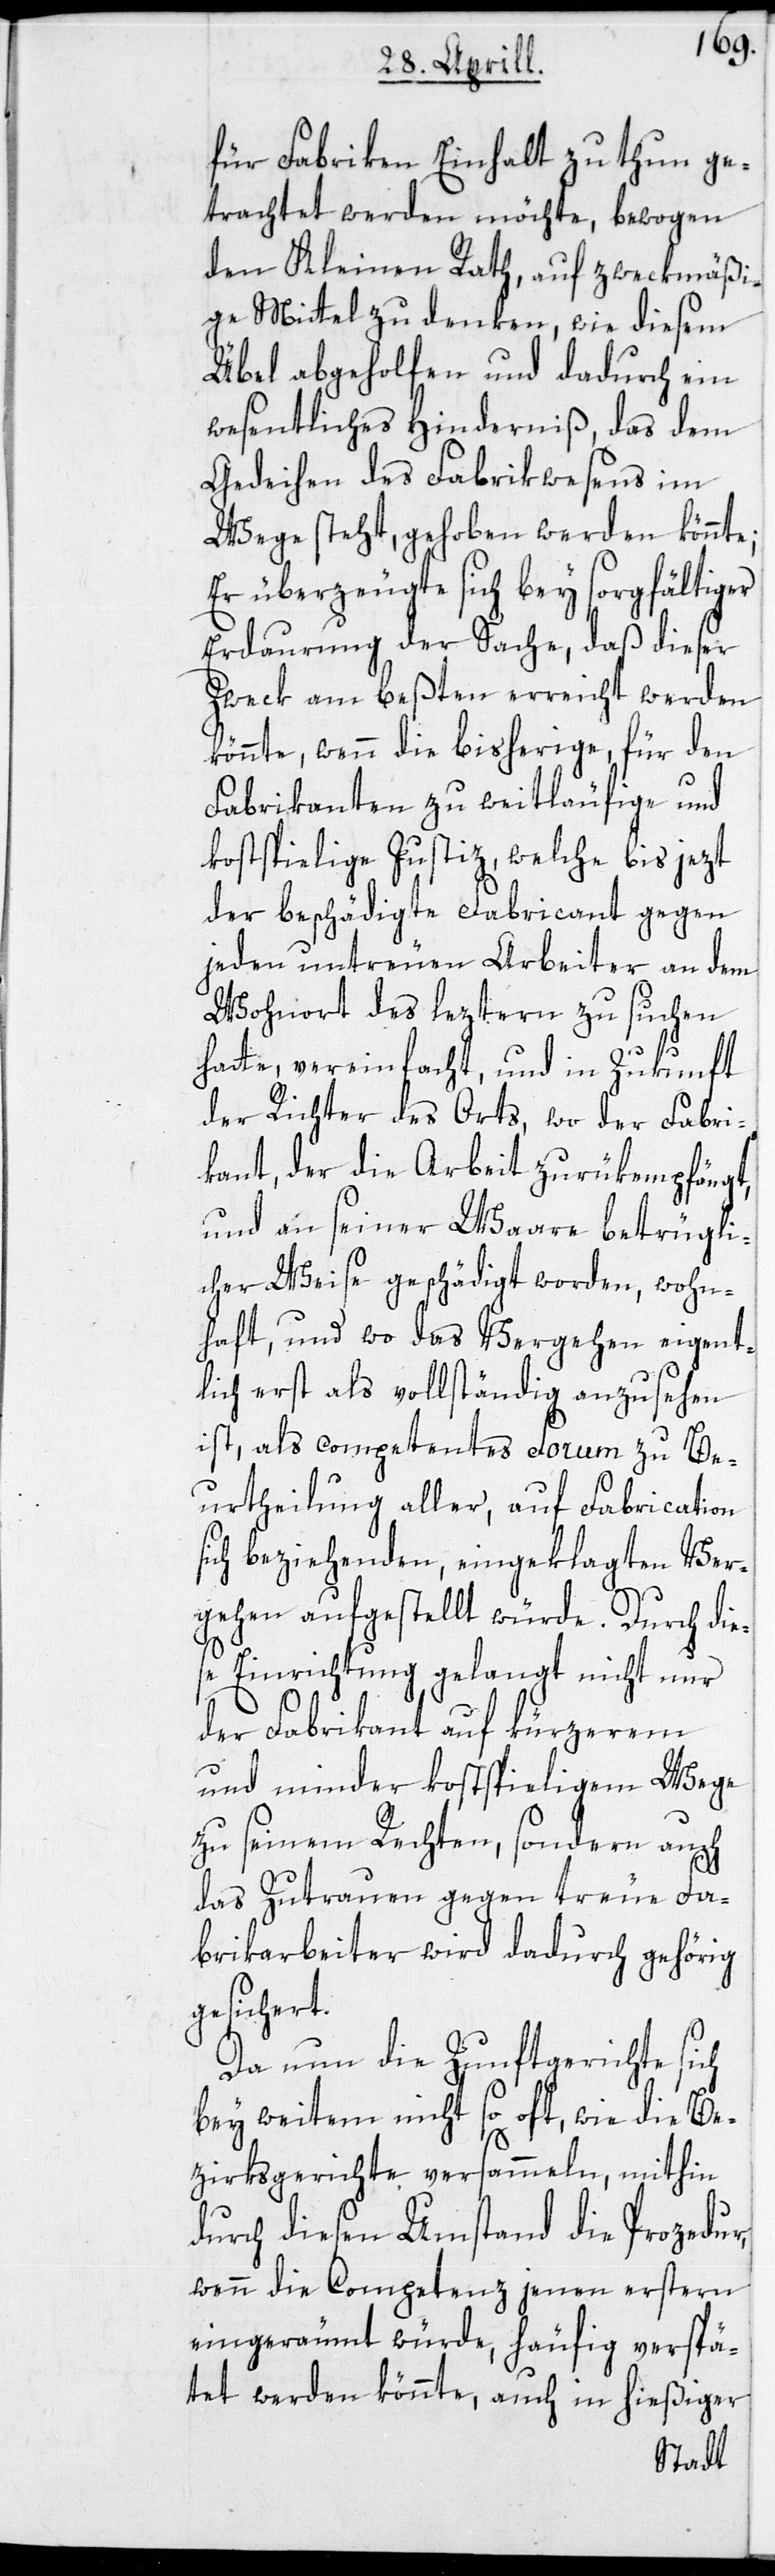
für Fabriken Einhalt zu thun ge¬
trachtet werden möchte, bewogen
den Kleinen Rath, auf zweckmäßi¬
ge Mittel zu denken, wie diesem
Übel abgeholfen und dadurch ein
wesentliches Hinderniß, das dem
Gedeihen des Fabrikwesens im
Wege steht, gehoben werden könnte;
Er überzeugte sich bey sorgfältiger
Erdaurung der Sache, daß dieser
Zweck am beßten erreicht werden
könnte, wenn die bisherige, für den
Fabrikanten zu weitläufige und
kostspielige Justiz, welche bis jezt
der beschädigte Fabricant gegen
jeden untreuen Arbeiter an dem
Wohnort des lezteren zu suchen
s¬
hatte, vereinfacht, und in Zukunft
der Richter des Orts, wo der Fabri¬
kant, der die Arbeit zurükempfängt,
und an seiner Waare betrügli¬
cher Weise geschädigt worden, wohn¬
haft, und wo das Vergehen eigent¬
lich erst als vollständig anzusehen
ist, als competentes Forum zu Be¬
urtheilung aller, auf Fabrication
ich beziehenden, eingeklagten Ver¬
gehen aufgestellt würde. Durch die¬
se Einrichtung gelangt nicht nur
der Fabrikant auf kürzerem
und minder kostspieligem Wege
zu seinem Rechten, sondern auch
das Zutrauen gegen treue Fa¬
brikarbeiter wird dadurch gehörig
gesichert.
Da nun die Zunftgerichte sich
bey weitem nicht so oft, wie die Be¬
zirksgerichte versammeln, mithin
durch diesen Umstand die Prozedur,
wenn die Competenz jenen erstern
eingeräumt würde, häufig verspä¬
tet werden könnte, auch in hießiger